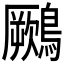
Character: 𪆙